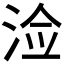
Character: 𰛲